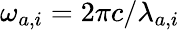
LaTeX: \omega_{a,i}=2\pi c/\lambda_{a,i}